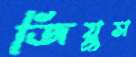
জিয়ুস